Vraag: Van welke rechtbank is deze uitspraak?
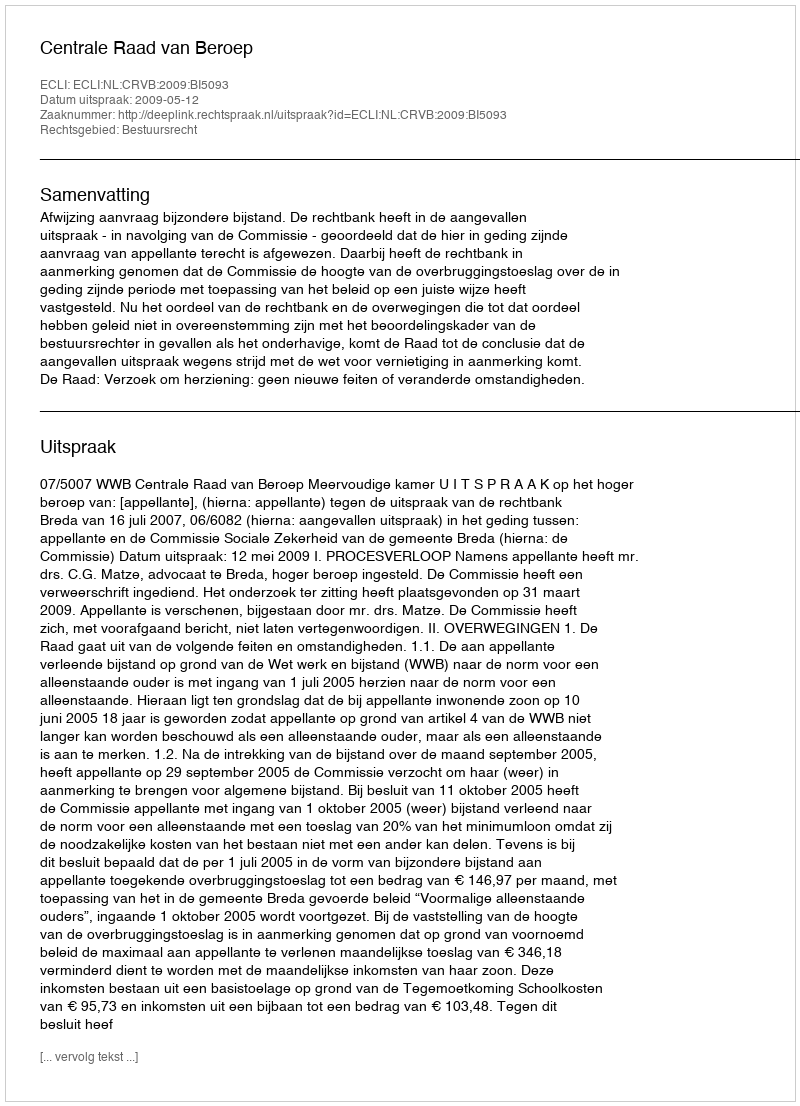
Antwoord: Centrale Raad van Beroep